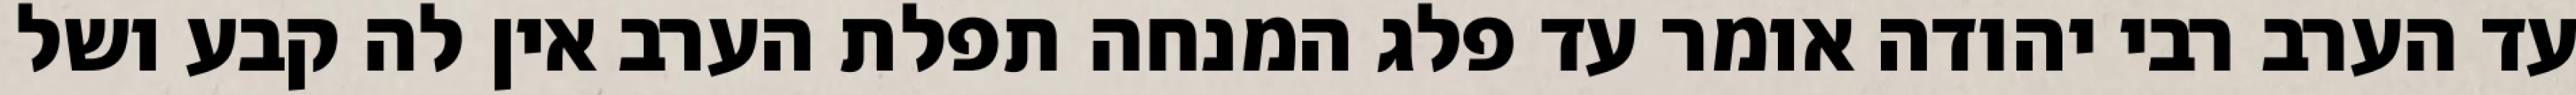
עד הערב רבי יהודה אומר עד פלג המנחה תפלת הערב אין לה קבע ושל